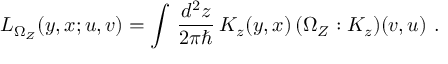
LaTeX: { \cal L } _ { \Omega _ { \cal Z } } ( y , x ; u , v ) = \int \, { \frac { d ^ { 2 } z } { 2 \pi \hbar } } \, { \cal K } _ { z } ( y , x ) \, ( \Omega _ { \cal Z } : { \cal K } _ { z } ) ( v , u ) ~ .